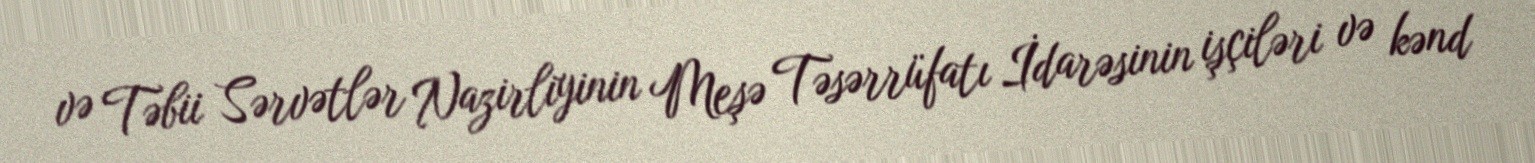
və Təbii Sərvətlər Nazirliyinin Meşə Təsərrüfatı İdarəsinin işçiləri və kənd